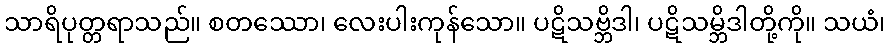
သာရိပုတ္တရာသည်။ စတဿော၊ လေးပါးကုန်သော။ ပဋိသဗ္ဘိဒါ၊ ပဋိသမ္ဘိဒါတို့ကို။ သယံ၊